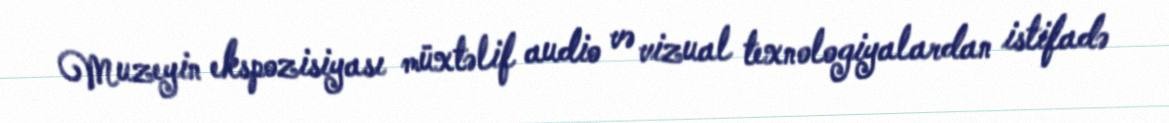
Muzeyin ekspozisiyası müxtəlif audio və vizual texnologiyalardan istifadə